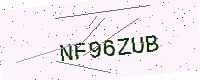
Text: NF96ZUB